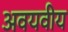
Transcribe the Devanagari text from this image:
अवयवीय